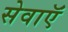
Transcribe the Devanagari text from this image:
सेवाऍं